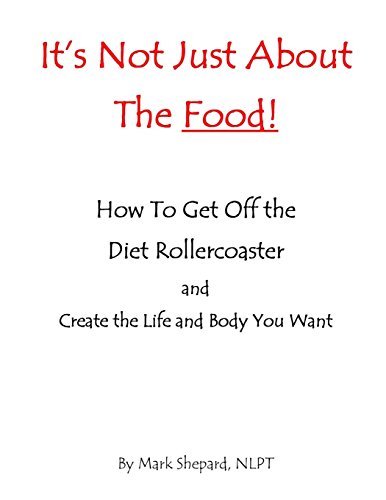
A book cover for It's Not Just About The Food: How To Get Off The Diet Rollercoaster and Create The Life And Body You Want With NLP & Hypnosis; Mark L. Shepard; Health, Fitness & Dieting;